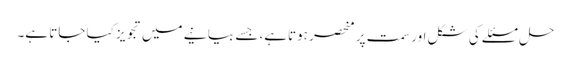
حل مسئلے کی شکل اور سمت پر منحصر ہوتاہے، جسے بیانیے میں تجویز کیا جاتا ہے۔